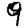
Digit: 9